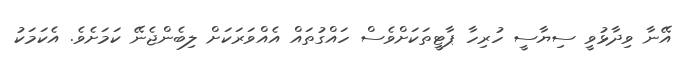
އޭނާ ވިދާޅުވީ ސިޔާސީ ހުރިހާ ޕާޓީތަކަށްވެސް ހައްގުތައް އެއްވަރަކަށް ލިބެންޖެނޭ ކަމަށެވެ. އެކަމަކު